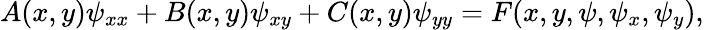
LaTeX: A(x,y)\psi_{xx}+B(x,y)\psi_{xy}+C(x,y)\psi_{yy}=F(x,y,\psi,\psi_{x},\psi_{y}),